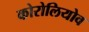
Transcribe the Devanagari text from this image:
कोरोलियोव